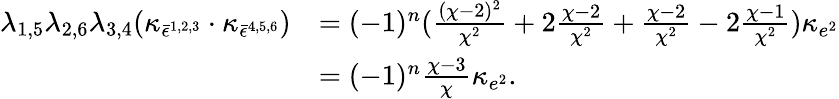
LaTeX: \begin{array}{rl}{\lambda_{1,5}\lambda_{2,6}\lambda_{3,4}(\kappa_{\bar{\epsilon}^{1,2,3}}\cdot\kappa_{\bar{\epsilon}^{4,5,6}})}&{=(-1)^{n}(\frac{(\chi-2)^{2}}{\chi^{2}}+2\frac{\chi-2}{\chi^{2}}+\frac{\chi-2}{\chi^{2}}-2\frac{\chi-1}{\chi^{2}})\kappa_{e^{2}}}\\ &{=(-1)^{n}\frac{\chi-3}{\chi}\kappa_{e^{2}}.}\end{array}